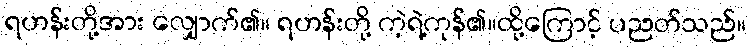
ရဟန်းတို့အား လျှောက်၏။ ရဟန်းတို့ ကဲ့ရဲ့ကုန်၏။ထို့ကြောင့် ပညတ်သည်။